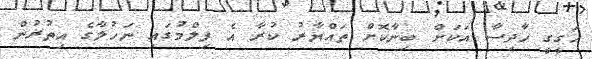
ހަގީގީ ހާދިސާ އަކަށް ބިނާކޮށް ތައްޔާރު ކުރާ އެ ފިލްމުގައި ނަހުލާގެ އިތުރުން